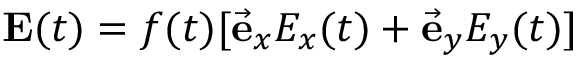
\mathbf { E } ( t ) = f ( t ) [ \vec { \mathbf { e } } _ { x } E _ { x } ( t ) + \vec { \mathbf { e } } _ { y } E _ { y } ( t ) ]